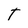
Character: T